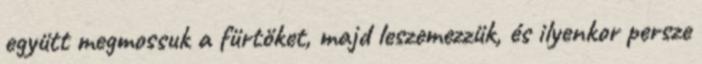
együtt megmossuk a fürtöket, majd leszemezzük, és ilyenkor persze